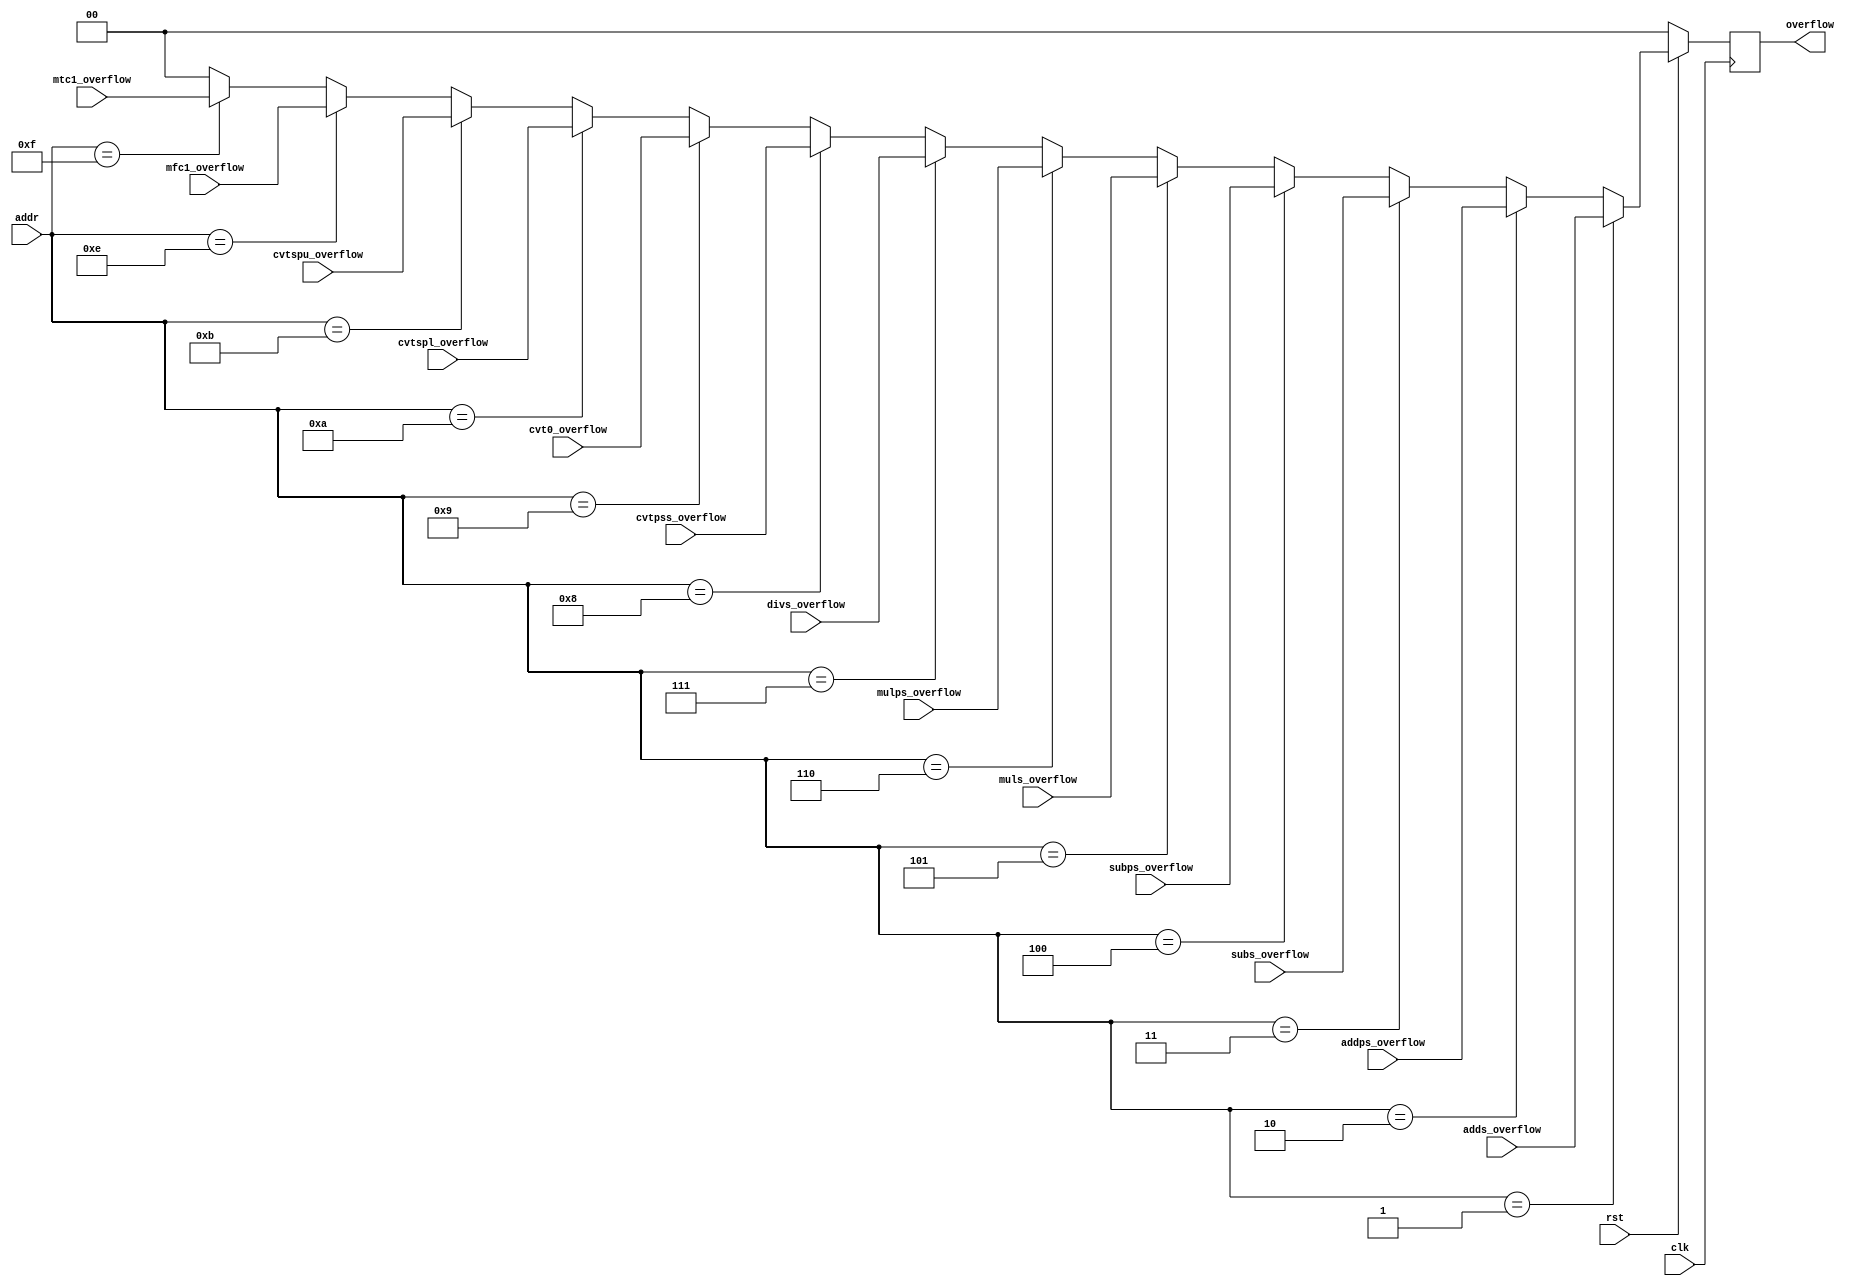
module overflow_MUX(
clk,
rst,
adds_overflow,
subs_overflow,
muls_overflow,
divs_overflow,
cvtpss_overflow,
mtc1_overflow,
addps_overflow,
subps_overflow,
mulps_overflow,
cvt0_overflow,
cvtspl_overflow,
cvtspu_overflow,
addr,
overflow,
mfc1_overflow
);

input clk;
input rst;
input [3:0] addr;
input [1:0] adds_overflow;
input [1:0] subs_overflow;
input [1:0] muls_overflow;
input [1:0] divs_overflow;
//input [1:0] cvt;
input [1:0] cvtpss_overflow;
input [1:0] mtc1_overflow;
input [1:0] addps_overflow;
input [1:0] subps_overflow;
input [1:0] mulps_overflow;
input [1:0] cvt0_overflow;
input [1:0] cvtspl_overflow;
input [1:0] cvtspu_overflow;
input [1:0] mfc1_overflow;
output reg [1:0] overflow;

always @(posedge clk)begin

	if (!rst) overflow=0;
	else if (addr == 4'b0001) overflow = adds_overflow;
	else if (addr == 4'b0010) overflow = addps_overflow;
        else if (addr == 4'b0011) overflow = subs_overflow;
        else if (addr == 4'b0100) overflow = subps_overflow;
        else if (addr == 4'b0101) overflow = muls_overflow;
        else if (addr == 4'b0110) overflow = mulps_overflow;
        else if (addr == 4'b0111) overflow = divs_overflow;
        else if (addr == 4'b1000) overflow = cvtpss_overflow;
        else if (addr == 4'b1001) overflow = cvt0_overflow;
        else if (addr == 4'b1010) overflow = cvtspl_overflow;
        else if (addr == 4'b1011) overflow = cvtspu_overflow;
        //else if (addr == 4'b1100) overflow = 0; //lui
        //else if (addr == 4'b1101) overflow = 0; //ori
        else if (addr == 4'b1110) overflow = mfc1_overflow; //mfc1
        else if (addr == 4'b1111) overflow = mtc1_overflow;
	else overflow = 0;

end
endmodule